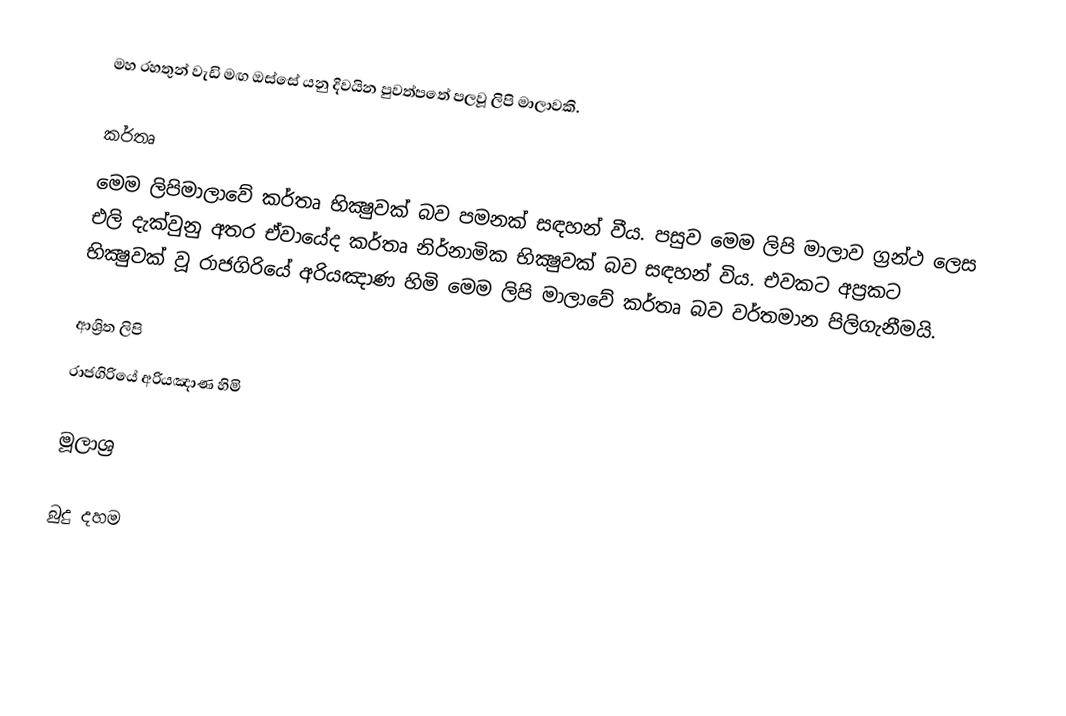
මහ රහතුන් වැඩි මඟ ඔස්සේ යනු දිවයින පුවත්පතේ පලවූ ලිපි මාලාවකි.

කර්තෘ
මෙම ලිපිමාලාවේ කර්තෘ භික්‍ෂුවක් බව පමනක් සඳහන් වීය. පසුව මෙම ලිපි මාලාව ග්‍රන්ථ ලෙස එලි දැක්වුනු අතර ඒවායේද කර්තෘ නිර්නාමික භික්‍ෂුවක් බව සඳහන් විය. එවකට අප්‍රකට භික්‍ෂුවක් වූ රාජගිරියේ අරියඤාණ හිමි මෙම ලිපි මාලාවේ කර්තෘ බව වර්තමාන පිලිගැනීමයි.

ආශ්‍රිත ලිපි
 රාජගිරියේ අරියඤාණ හිමි

මූලාශ්‍ර

බුදු දහම